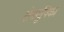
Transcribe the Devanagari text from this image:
क्षेत्रमूषिका